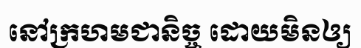
នៅក្រហមជានិច្ច ដោយមិនឲ្យ